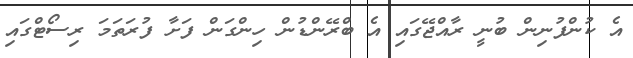
އެ ކުންފުނިން ބުނީ ރާއްޖޭގައި އެ ބްރޭންޑުން ހިންގަން ފަށާ ފުރަތަމަ ރިސޯޓްގައި